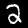
Digit: 2